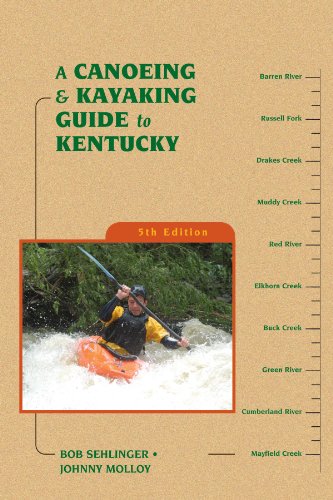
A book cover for A Canoeing and Kayaking Guide to Kentucky (Canoe and Kayak Series); Bob Sehlinger; Sports & Outdoors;